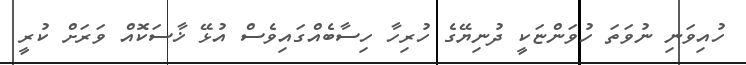
ހުއިވަނި ނުވަތަ ހުވަންޏަކީ ދުނިޔޭގެ ހުރިހާ ހިސާބެއްގައިވެސް އުޅޭ ޚާސަކޮއް ވަރަށް ކުރީ